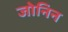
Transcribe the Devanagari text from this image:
जोनिन